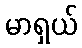
မာရှယ်